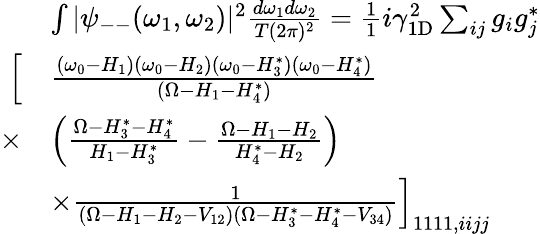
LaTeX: \begin{array}{rl}&{\int|\psi_{--}(\omega_{1},\omega_{2})|^{2}\frac{d\omega_{1}d\omega_{2}}{T(2\pi)^{2}}=\frac{1}{1}{i\gamma_{\mathrm{1D}}^{2}}\sum_{ij}g_{i}g_{j}^{*}}\\ {\Big[}&{\frac{(\omega_{0}-H_{1})(\omega_{0}-H_{2})(\omega_{0}-H_{3}^{*})(\omega_{0}-H_{4}^{*})}{(\Omega-H_{1}-H_{4}^{*})}}\\ {\times}&{\left(\frac{\Omega-H_{3}^{*}-H_{4}^{*}}{H_{1}-H_{3}^{*}}-\frac{\Omega-H_{1}-H_{2}}{H_{4}^{*}-H_{2}}\right)}\\ &{\times\frac 1{(\Omega-H_{1}-H_{2}-V_{12})(\Omega-H_{3}^{*}-H_{4}^{*}-V_{34})}\Big]_{1111,iijj}}\end{array}